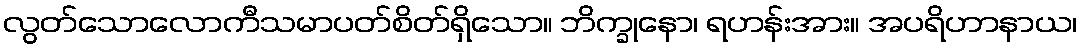
လွတ်သောလောကီသမာပတ်စိတ်ရှိသော။ ဘိက္ခုနော၊ ရဟန်းအား။ အပရိဟာနာယ၊